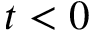
t < 0